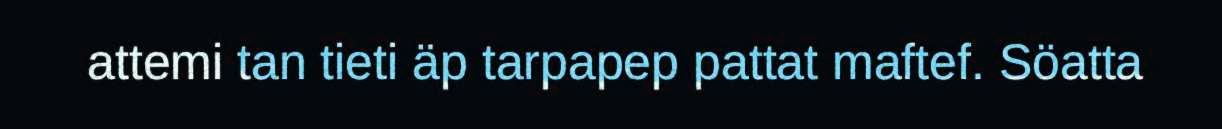
attemi tan tieti äp tarpapep pattat maftef. Söatta